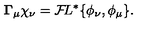
{ \bf \Gamma } _ { \mu } \chi _ { \nu } = { \cal F } \! L ^ { * } \{ \phi _ { \nu } , \phi _ { \mu } \} .